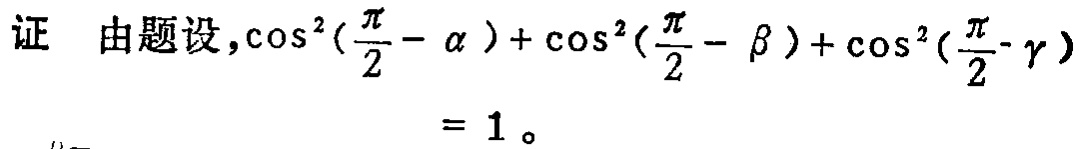
证 由题设，\(\cos^{2}(\frac{\pi}{2}-\alpha)+\cos^{2}(\frac{\pi}{2}-\beta)+\cos^{2}(\frac{\pi}{2}-\gamma)=1\)。